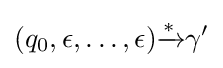
(q_{0},\epsilon ,\dots ,\epsilon ){\xrightarrow {*}}\gamma '